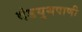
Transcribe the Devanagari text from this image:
दंडयुथपाणी